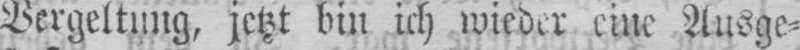
Vergeltung, jetzt bin ich wieder eine Ausge⸗